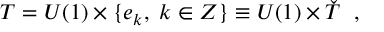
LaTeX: T = U ( 1 ) \times \{ e _ { k } , \; k \in Z \} \equiv U ( 1 ) \times \check { T } \; \; ,